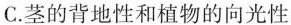
C.茎的背地性和植物的向光性